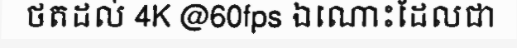
ថតដល់ 4K @60fps ឯណោះដែលជា